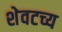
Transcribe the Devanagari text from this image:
शेवटच्य